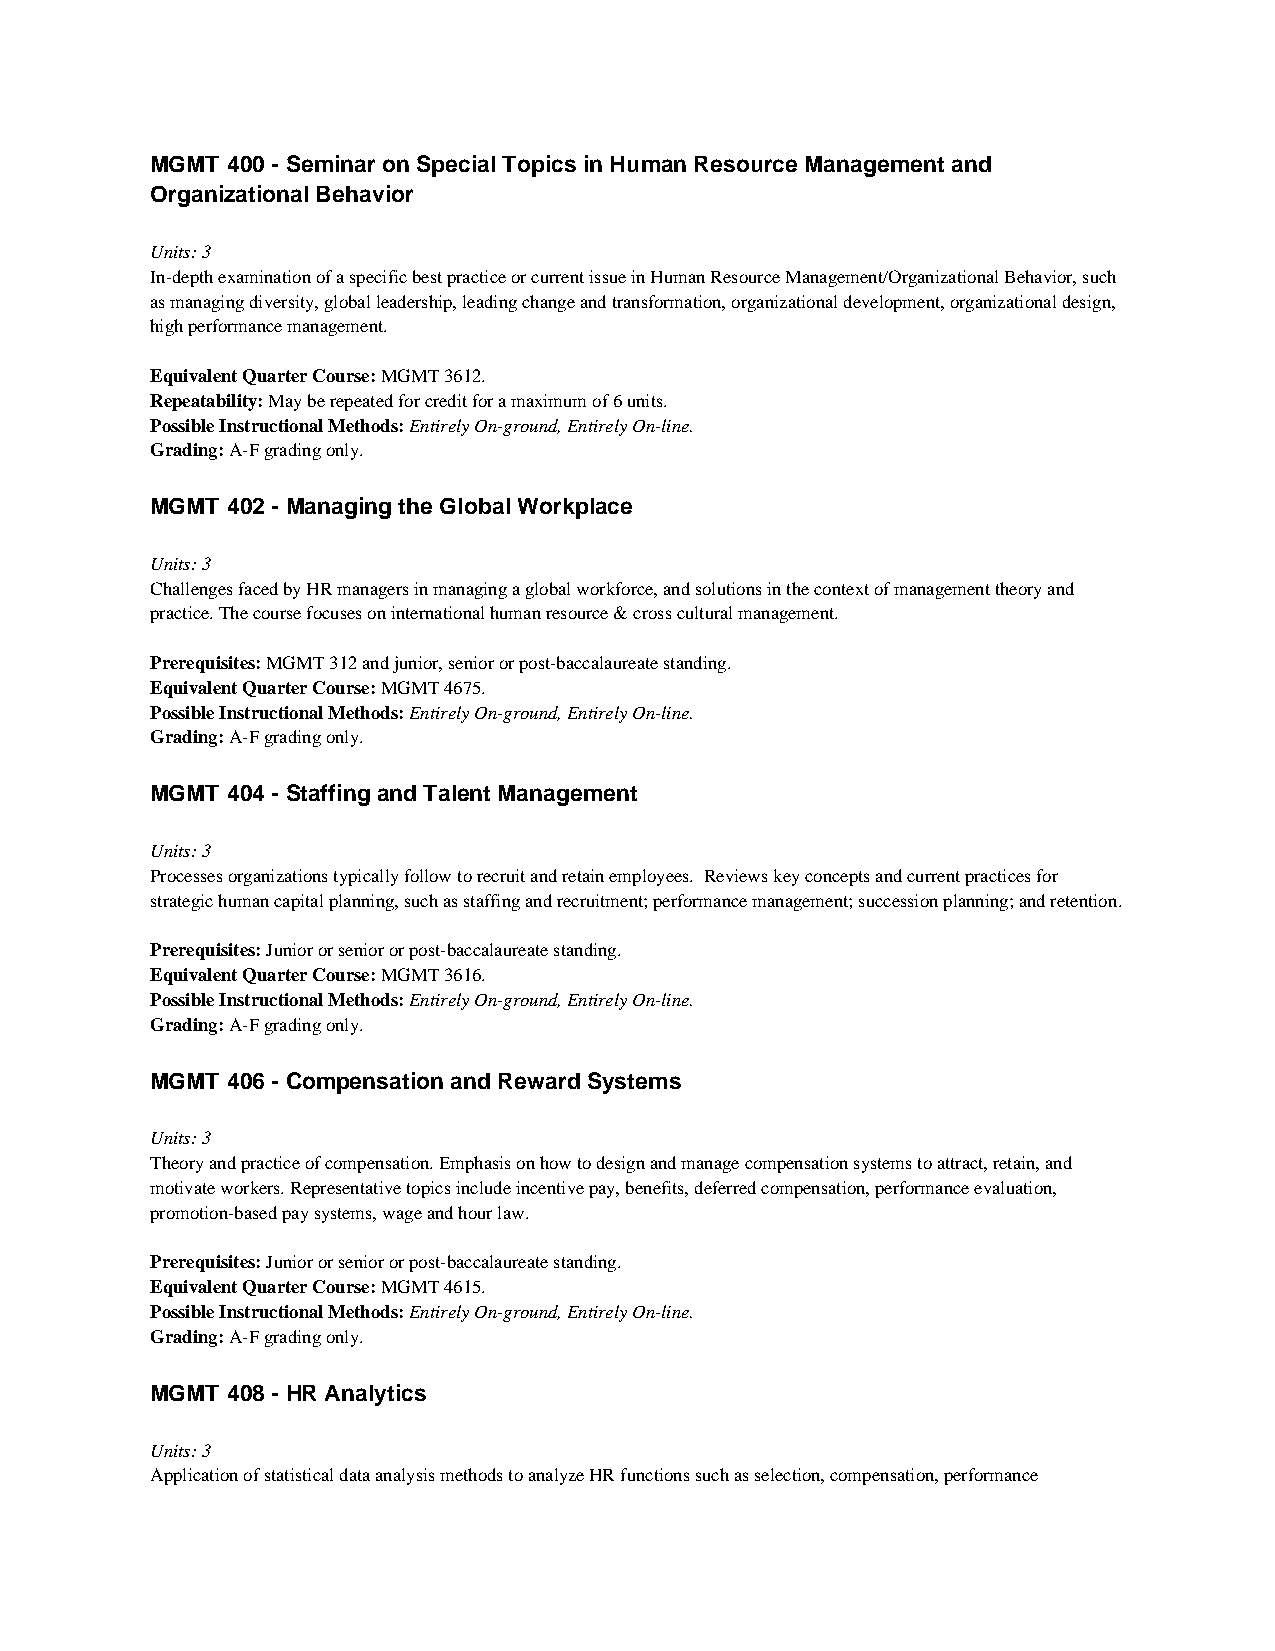
MGMT 400 - Seminar on Special Topics in Human Resource Management and
 Organizational Behavior
 Units: 3
 In-depth examination of a specific best practice or current issue in Human Resource Management/Organizational Behavior, such
 as managing diversity, global leadership, leading change and transformation, organizational development, organizational design,
 high performance management.
 Equivalent Quarter Course: MGMT 3612.
 Repeatability: May be repeated for credit for a maximum of 6 units.
 Possible Instructional Methods: Entirely On-ground, Entirely On-line.
 Grading: A-F grading only.
 MGMT 402 - Managing the Global Workplace
 Units: 3
 Challenges faced by HR managers in managing a global workforce, and solutions in the context of management theory and
 practice. The course focuses on international human resource & cross cultural management.
 Prerequisites: MGMT 312 and junior, senior or post-baccalaureate standing.
 Equivalent Quarter Course: MGMT 4675.
 Possible Instructional Methods: Entirely On-ground, Entirely On-line.
 Grading: A-F grading only.
 MGMT 404 - Staffing and Talent Management
 Units: 3
 Processes organizations typically follow to recruit and retain employees. Reviews key concepts and current practices for
 strategic human capital planning, such as staffing and recruitment; performance management; succession planning; and retention.
 Prerequisites: Junior or senior or post-baccalaureate standing.
 Equivalent Quarter Course: MGMT 3616.
 Possible Instructional Methods: Entirely On-ground, Entirely On-line.
 Grading: A-F grading only.
 MGMT 406 - Compensation and Reward Systems
 Units: 3
 Theory and practice of compensation. Emphasis on how to design and manage compensation systems to attract, retain, and
 motivate workers. Representative topics include incentive pay, benefits, deferred compensation, performance evaluation,
 promotion-based pay systems, wage and hour law.
 Prerequisites: Junior or senior or post-baccalaureate standing.
 Equivalent Quarter Course: MGMT 4615.
 Possible Instructional Methods: Entirely On-ground, Entirely On-line.
 Grading: A-F grading only.
 MGMT 408 - HR Analytics
 Units: 3
 Application of statistical data analysis methods to analyze HR functions such as selection, compensation, performance